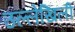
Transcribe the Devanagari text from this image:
उल्लेखिली